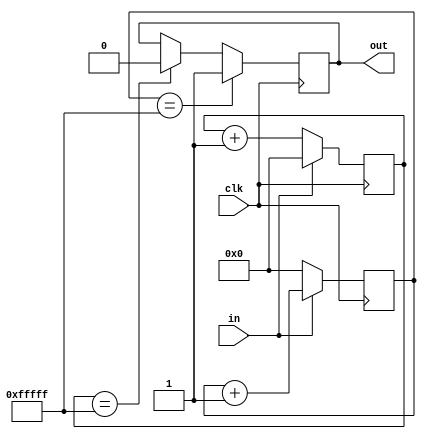
`timescale 1ns / 1ps
//////////////////////////////////////////////////////////////////////////////////
// Company: 
// Engineer: 
// 
// Design Name: 
// Module Name: key_but
// Project Name: 
// Target Devices: 
// Tool Versions: 
// Description: 
// 
// Dependencies: 
// 
// Revision:
// Revision 0.01 - File Created
// Additional Comments:
// 
//////////////////////////////////////////////////////////////////////////////////


module key_but(
    input clk,
    input in,
    output out
    );
    
    reg [31:0] low;
    reg [31:0] high;
    
    reg out_reg;
    always @(posedge clk) begin
        if(in == 0) low = low + 1;
        else low = 0;
    end
    
    always @(posedge clk) begin
        if(in == 1) high = high + 1;
        else high = 0;
    end
    
    always @(posedge clk) begin
        if(high == 20'hfffff) out_reg = 1;
        else if(low == 20'hfffff) out_reg = 0;
    end
    
    assign out = out_reg;
endmodule